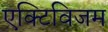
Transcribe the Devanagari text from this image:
एक्टिविजम